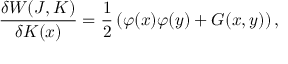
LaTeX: \frac { \delta W ( J , K ) } { \delta K ( x ) } = \frac { 1 } { 2 } \left( \varphi ( x ) \varphi ( y ) + G ( x , y ) \right) ,